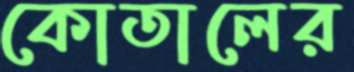
কোতালের